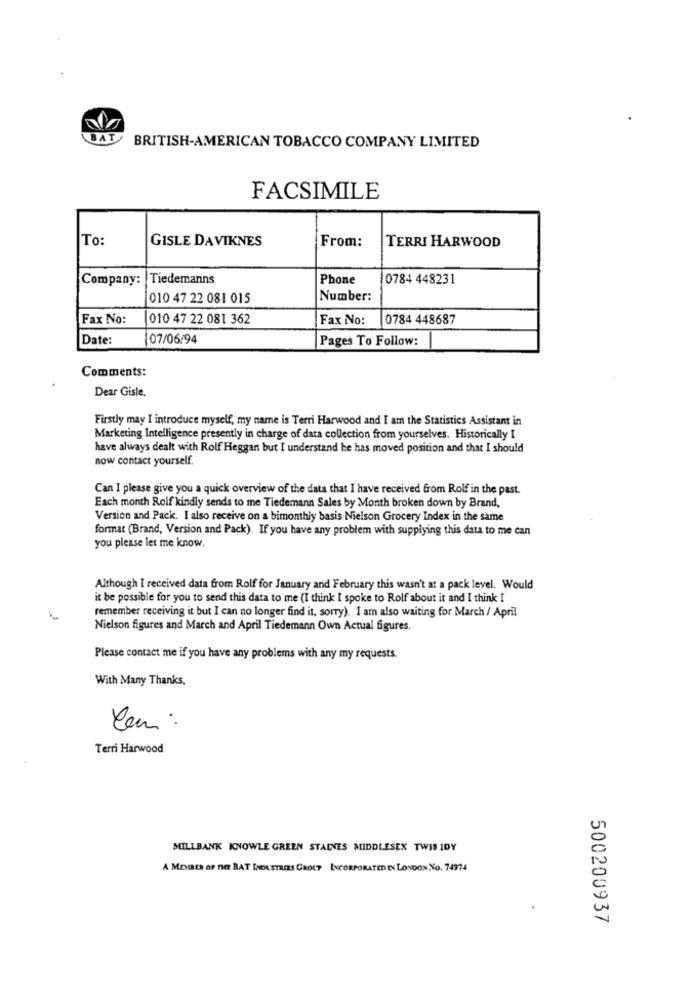
BAT
BRITISH-AMERICAN TOBACCO COMPANY LIMITED
FACSIMILE
To:
GISLE DAVIKNES
From:
TERRI HARWOOD
Company:
Tiedemanns
Phone
0784 448231
010 47 22 081 015
Number:
Fax No:
1010 47 22 081 362
Fax No:
0784 448687
Date:
07/06/94
Pages To Follow:
Comments:
Dear Gisle.
Firstly may I introduce myself, my name is Terri Harwood and I am the Statistics Assistant in
Marketing Intelligence presently in charge of data collection from yourselves. Historically I
have always dealt with Rolf Heggan but I understand he has moved position and that I should
now contact yourself.
Can I please give you a quick overview of the data that I have received from Rolf in the past.
Each month Rolf kindly sends to me Tiedemann Sales by Month broken down by Brand,
Version and Pack. I also receive on a bimonthly basis Nielson Grocery Index in the same
format (Brand, Version and Pack). If you have any problem with supplying this data to me can
you please let me know.
Although I received data from Rolf for January and February this wasn't at a pack level. Would
it be possible for you to send this data to me (I think I spoke to Rolf about it and I think I
remember receiving it but I can no longer find it, sorry). I am also waiting for March / April
Nielson figures and March and April Tiedemann Own Actual figures.
Please contact me if you have any problems with any my requests.
With Many Thanks,
Com :
Terri Harwood
MILLBANK KNOWLE GREEN STAINES MIDDLESEX TWIS IDY
A MEMBER OF THE BAT INDUSTRIES GROUP INCORPORATED IN LONDON NO. 74974
500200937